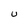
Character: U